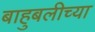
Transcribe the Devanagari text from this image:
बाहुबलीच्या